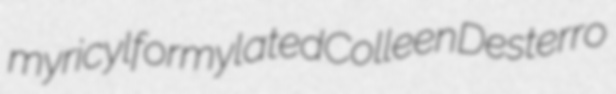
myricyl formylated Colleen Desterro